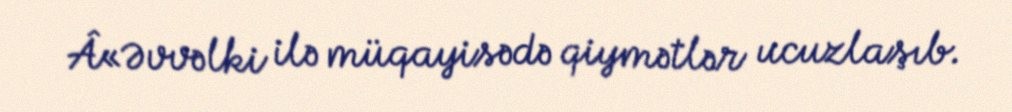
Â«Əvvəlki ilə müqayisədə qiymətlər ucuzlaşıb.